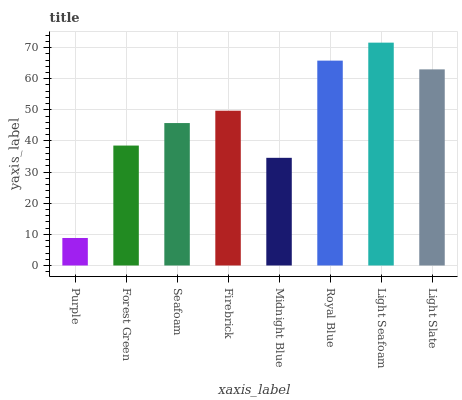
| xaxis_label | bars |
 | --- | --- |
 | Purple | 8.83 |
 | Forest Green | 38.5 |
 | Seafoam | 45.8 |
 | Firebrick | 49.7 |
 | Midnight Blue | 34.6 |
 | Royal Blue | 65.8 |
 | Light Seafoam | 71.6 |
 | Light Slate | 63 |